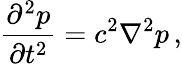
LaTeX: {\frac{\partial^{2}p}{\partial t^{2}}}=c^{2}\nabla^{2}p\, ,